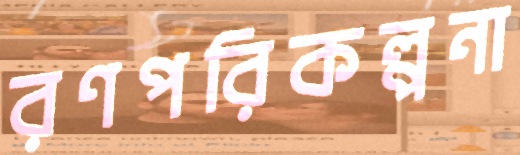
রণপরিকল্পনা